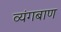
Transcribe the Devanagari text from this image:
व्यंगबाण